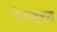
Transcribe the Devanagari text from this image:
तेजकरण